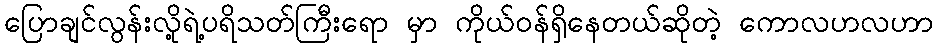
ပြောချင်လွန်းလို့ရဲ့ပရိသတ်ကြီးရော မှာ ကိုယ်ဝန်ရှိနေတယ်ဆိုတဲ့ ကောလဟလဟာ